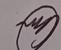
Signature authenticity: genuine